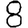
Digit: 8